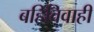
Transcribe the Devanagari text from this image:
बहिविवाही